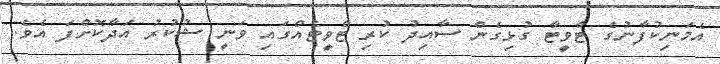
އެމަނިކުފާނުގެ ޓްވީޓާ ގުޅިގެން ސާއިދު ކުރި ޓްވީޓެއްގައި ވަނީ ޝުކުރު އަދާކޮށްފަ އެވެ.